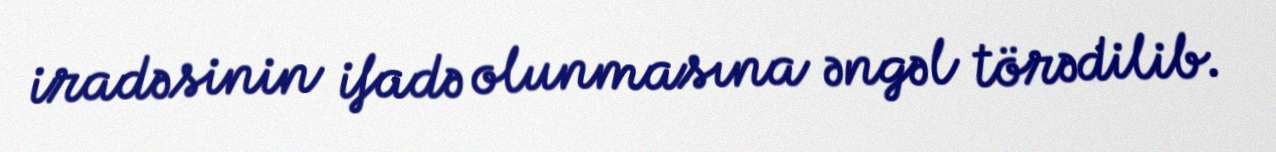
iradəsinin ifadə olunmasına əngəl törədilib.